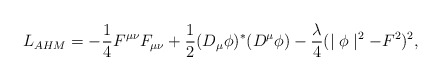
\begin{align*}L_{AHM}=-{1\over 4}F^{\mu\nu}F_{\mu\nu} + {1\over 2}(D_\mu \phi)^*(D^\mu \phi) - {\lambda\over 4}(\mid\phi\mid ^2 -F^2)^2, \end{align*}